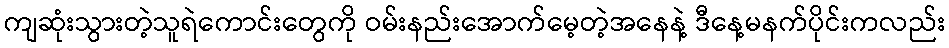
ကျဆုံးသွားတဲ့သူရဲကောင်းတွေကို ဝမ်းနည်းအောက်မေ့တဲ့အနေနဲ့ ဒီနေ့မနက်ပိုင်းကလည်း